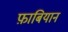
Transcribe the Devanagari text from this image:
फ़ाबियान